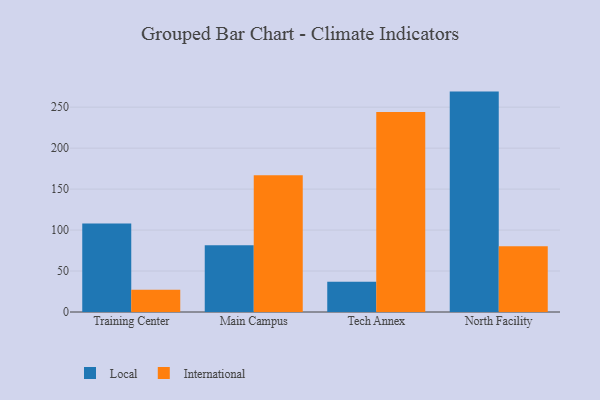
{"axis": {"x": "Campus", "y": "Population (Million)"}, "legend": ["International", "Local"], "data": [{"x": "Training Center", "y": 108.0, "type": "Local"}, {"x": "Training Center", "y": 27.2, "type": "International"}, {"x": "Main Campus", "y": 81.5, "type": "Local"}, {"x": "Main Campus", "y": 166.8, "type": "International"}, {"x": "Tech Annex", "y": 36.9, "type": "Local"}, {"x": "Tech Annex", "y": 244.2, "type": "International"}, {"x": "North Facility", "y": 269.0, "type": "Local"}, {"x": "North Facility", "y": 80.1, "type": "International"}]}